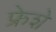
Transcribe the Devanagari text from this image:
फ्रेशे